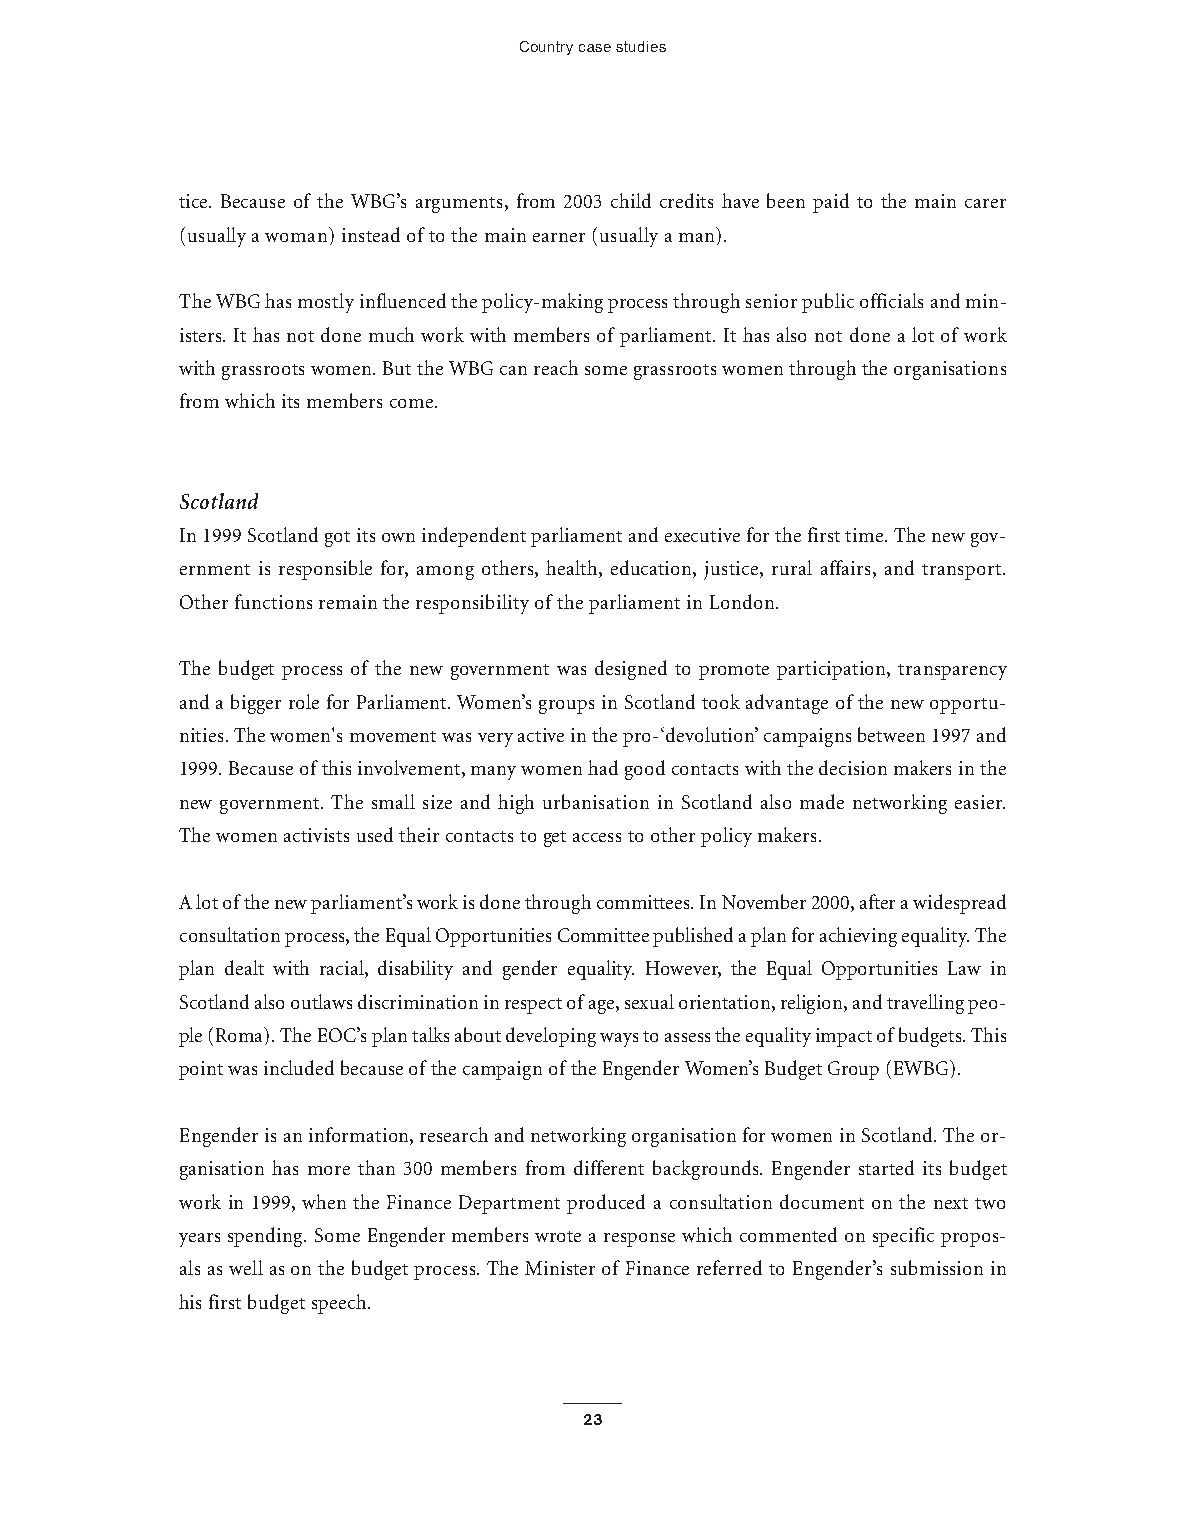
Country case studies
 tice. Because of the WBG’s arguments, from 2003 child credits have been paid to the main carer
 (usually a woman) instead of to the main earner (usually a man).
 The WBG has mostly influenced the policy-making process through senior public officials and min-
 isters.It has not done much work with members of parliament.It has also not done a lot of work
 with grassroots women.But the WBG can reach some grassroots women through the organisations
 from which its members come.
 Scotland
 In 1999 Scotland got its own independent parliament and executive for the first time.The new gov-
 ernment is responsible for, among others, health, education, justice, rural affairs, and transport.
 Other functions remain the responsibility of the parliament in London.
 The budget process of the new government was designed to promote participation, transparency
 and a bigger role for Parliament.Women’s groups in Scotland took advantage of the new opportu-
 nities.The women's movement was very active in the pro-‘devolution’campaigns between 1997 and
 1999.Because ofthis involvement,many women had good contacts with the decision makers in the
 new government. The small size and high urbanisation in Scotland also made networking easier.
 The women activists used their contacts to get access to other policy makers.
 A lot ofthe new parliament’s work is done through committees.In November 2000,after a widespread
 consultation process,the Equal Opportunities Committee published a plan for achieving equality.The
 plan dealt with racial, disability and gender equality. However, the Equal Opportunities Law in
 Scotland also outlaws discrimination in respect ofage,sexual orientation,religion,and travelling peo-
 ple (Roma).The EOC’s plan talks about developing ways to assess the equality impact ofbudgets.This
 point was included because ofthe campaign ofthe Engender Women’s Budget Group (EWBG).
 Engender is an information,research and networking organisation for women in Scotland.The or-
 ganisation has more than 300 members from different backgrounds. Engender started its budget
 work in 1999, when the Finance Department produced a consultation document on the next two
 years spending.Some Engender members wrote a response which commented on specific propos-
 als as well as on the budget process.The Minister of Finance referred to Engender’s submission in
 his first budget speech.
 23